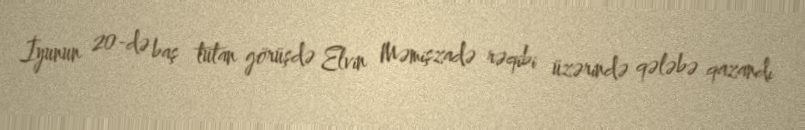
İyunun 20-də baş tutan görüşdə Elvin Məmişzadə rəqibi üzərində qələbə qazandı